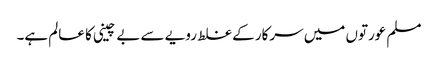
مسلم عورتوں میں سرکار کے غلط رویے سے بے چینی کا عالم ہے۔